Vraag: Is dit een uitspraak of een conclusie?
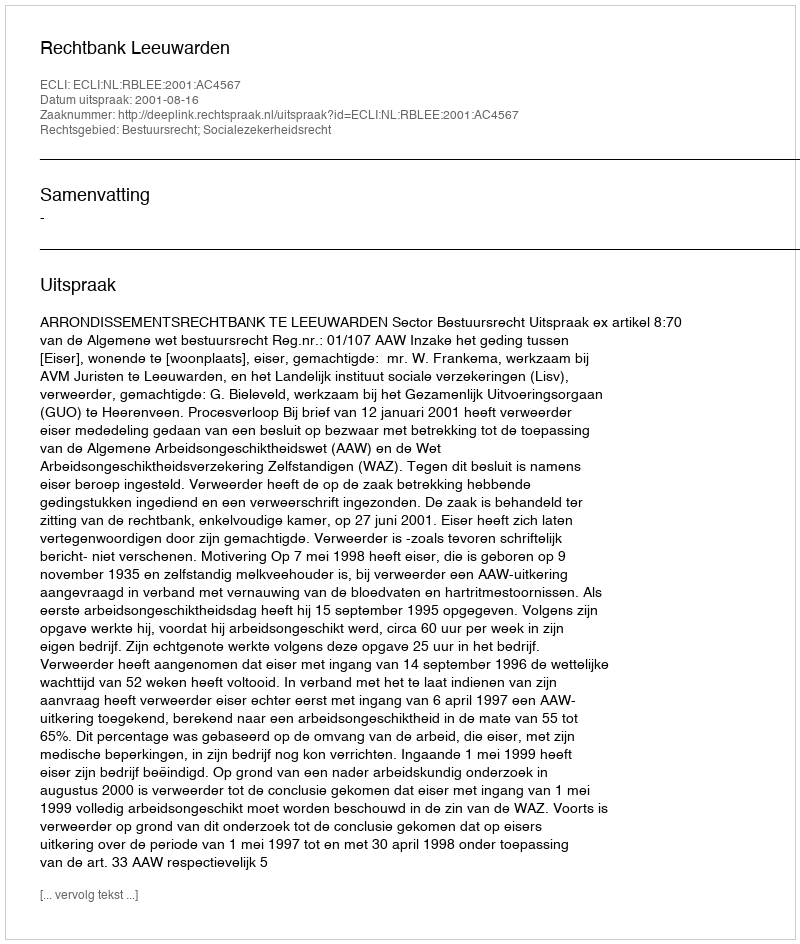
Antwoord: Uitspraak